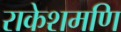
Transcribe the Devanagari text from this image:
राकेशमणि